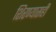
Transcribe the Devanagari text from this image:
शिरण्यासही